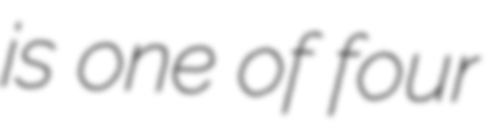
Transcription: is one of four